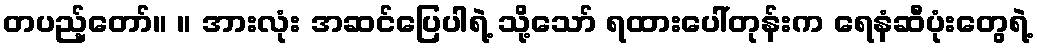
တပည့်တော်။ ။ အားလုံး အဆင်ပြေပါရဲ့ သို့သော် ရထားပေါ်တုန်းက ရေနံဆီပုံးတွေရဲ့